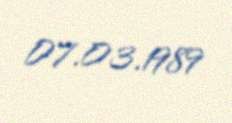
07.03.1989